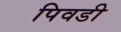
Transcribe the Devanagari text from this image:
पिवडी